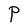
Character: P